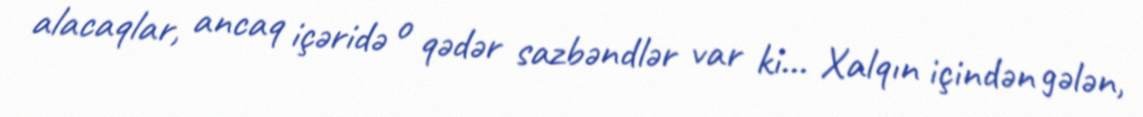
alacaqlar, ancaq içəridə o qədər sazbəndlər var ki... Xalqın içindən gələn,